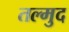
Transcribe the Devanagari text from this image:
तल्मुद